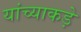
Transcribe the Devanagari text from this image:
यांच्याकड़े